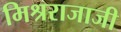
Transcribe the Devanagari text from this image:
मिश्रराजाजी